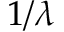
1 / \lambda